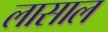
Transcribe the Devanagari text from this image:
लासाल